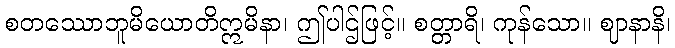
စတဿောဘူမိယောတိဣမိနာ၊ ဤပါဌ်ဖြင့်။ စတ္တာရိ၊ ကုန်သော။ ဈာနာနိ၊